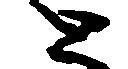
と